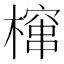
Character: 𮲻